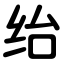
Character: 绐